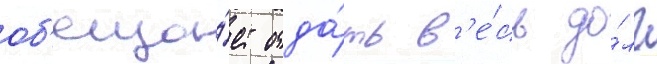
об'еща́ет отда́ть в'е́сь до́лг